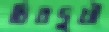
চিরদুখী